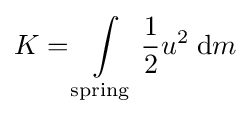
K=\int \limits _{\mathrm {spring} }{\frac {1}{2}}u^{2}\;\mathrm {d} m